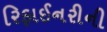
રિફાઈનરીની